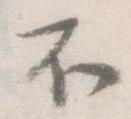
不